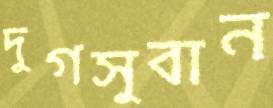
দুগসুবান